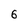
Character: 6